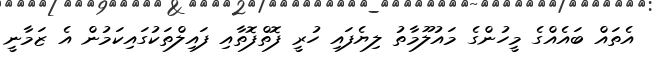
އެތައް ބައެއްގެ މީހުންގެ މައުލޫމާތު ލިޔެފައި ހުރީ ފޮތްފޮތާއި ފައިލްތަކުގައިކަމުން އެ ޒަމާނީ